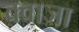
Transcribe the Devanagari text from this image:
क्वाजा